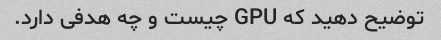
توضیح دهید که GPU چیست و چه هدفی دارد.